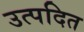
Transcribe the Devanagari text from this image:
उत्पदित